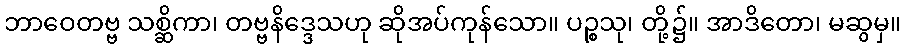
ဘာဝေတဗ္ဗ သစ္ဆိကာ၊ တဗ္ဗနိဒ္ဒေသဟု ဆိုအပ်ကုန်သော။ ပဉ္စသု၊ တို့၌။ အာဒိတော၊ မဆွမှ။